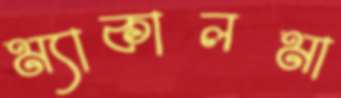
ম্যাকালমা